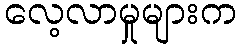
လေ့လာမှုများက